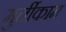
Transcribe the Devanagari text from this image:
मुर्तीकाम